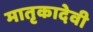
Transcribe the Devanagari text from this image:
मातृकादेवी